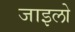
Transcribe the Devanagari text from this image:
जाइलो